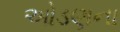
ઓડણના